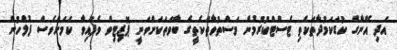
އަދި އޭނާގެ ކުޑަކަމުދާތަކެތި ޓެސްޓްކުރުމުން މަސްތުވާތަކެތީގެ ބާވަތަކަށްވަނީ ޕޮޒިޓިވް ވެފައިވާ ކަމަށްވެސް ފުލުހުން